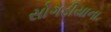
સોગડીયાના